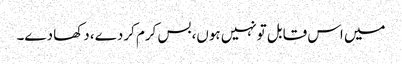
میں اس قابل تونہیں ہوں،بس کرم کردے، دکھا دے۔